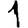
Digit: 1